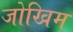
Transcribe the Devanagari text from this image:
जोखिम